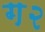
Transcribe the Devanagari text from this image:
ग२